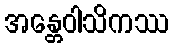
အန္တေဝါသိကဿ